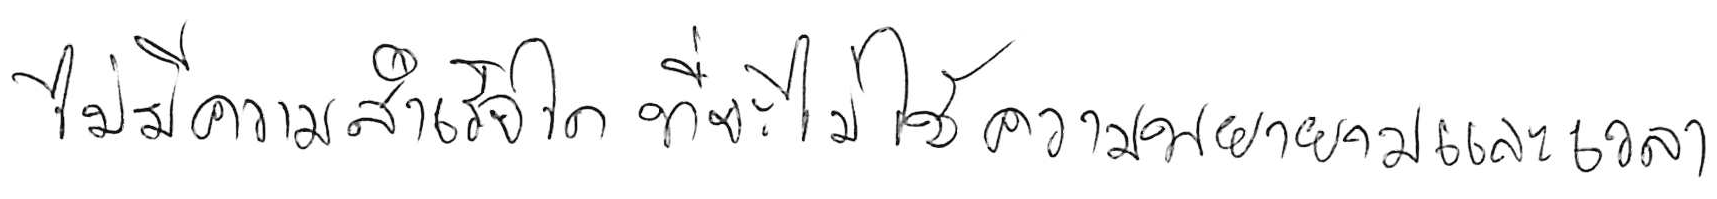
ไม่มีความสำเร็จใด ที่จะไม่ใช้ความพยายามและเวลา